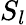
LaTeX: S_{l}